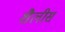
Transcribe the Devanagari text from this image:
शैलीस